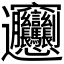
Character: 𰻞